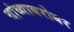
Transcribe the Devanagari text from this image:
यांव्याबरोबर